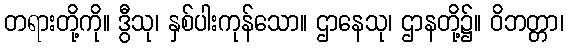
တရားတို့ကို။ ဒွီသု၊ နှစ်ပါးကုန်သော။ ဌာနေသု၊ ဌာနတို့၌။ ဝိဘတ္တာ၊